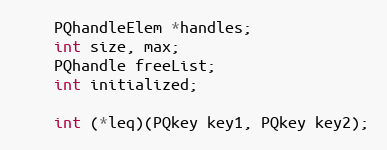
Language: C
	PQhandleElem *handles;
	int size, max;
	PQhandle freeList;
	int initialized;

	int (*leq)(PQkey key1, PQkey key2);